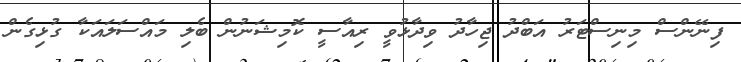
ފިނޭންސް މިނިސްޓަރު އަބްދު ޖިހާދު ވިދާޅުވީ ރިއާސީ ކޮމިޝަނުން ބެލި މައްސަލައަކާ ގުޅިގެން